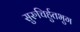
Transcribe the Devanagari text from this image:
सुरुचिर्हुतभुग